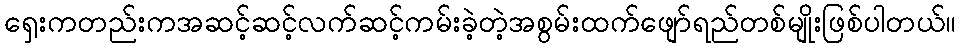
ရှေးကတည်းကအဆင့်ဆင့်လက်ဆင့်ကမ်းခဲ့တဲ့အစွမ်းထက်ဖျော်ရည်တစ်မျိုးဖြစ်ပါတယ်။